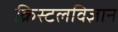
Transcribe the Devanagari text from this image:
क्रिस्टलविज्ञान